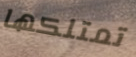
تمتلكها